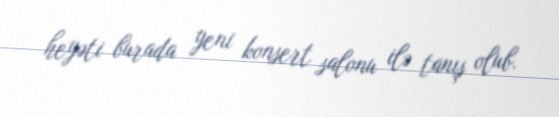
heyəti burada yeni konsert salonu ilə tanış olub.